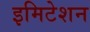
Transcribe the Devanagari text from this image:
इमिटेशन